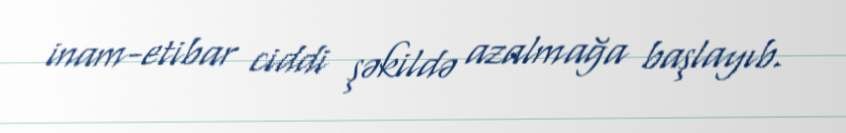
inam-etibar ciddi şəkildə azalmağa başlayıb.